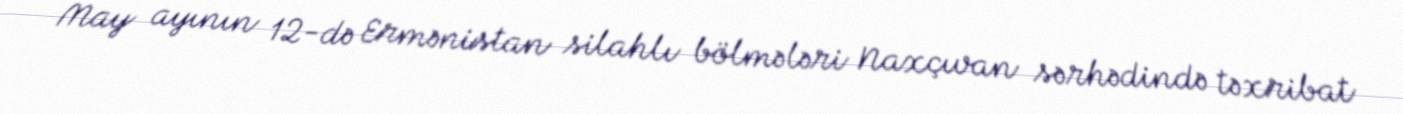
May ayının 12-də Ermənistan silahlı bölmələri Naxçıvan sərhədində təxribat